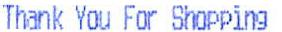
THANK YOU FOR SHOPPING